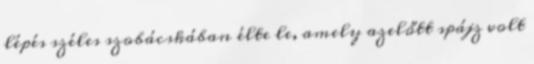
lépés széles szobácskában élte le, amely azelőtt spájz volt